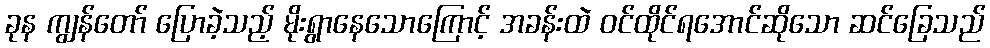
ခုန ကျွန်တော် ပြောခဲ့သည့် မိုးရွာနေသောကြောင့် အခန်းထဲ ဝင်ထိုင်ရအောင်ဆိုသော ဆင်ခြေသည်